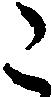
こ